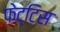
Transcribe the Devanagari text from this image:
फेट्टिस